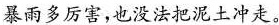
暴雨多厉害，也没法把泥土冲走。